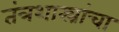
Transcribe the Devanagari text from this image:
तंत्रशास्त्रांचा